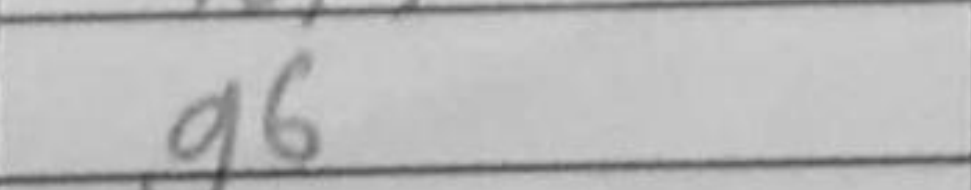
Transcription: g6